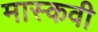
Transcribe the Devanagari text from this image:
मास्कवी